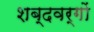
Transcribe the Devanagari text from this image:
शब्दवर्गों